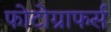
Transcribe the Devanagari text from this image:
फोटोग्राफर्स